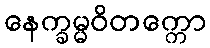
နေက္ခမ္မဝိတက္ကော